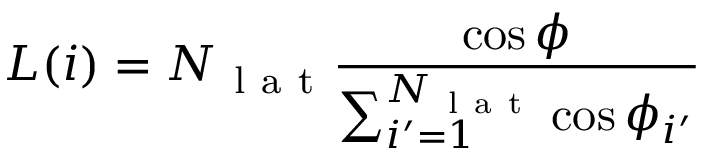
L ( i ) = N _ { \mathrm { ~ l ~ a ~ t ~ } } \frac { \cos { \phi } } { \sum _ { i ^ { \prime } = 1 } ^ { N _ { \mathrm { ~ l ~ a ~ t ~ } } } \cos { \phi _ { i ^ { \prime } } } }